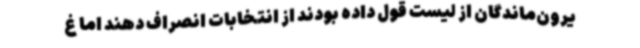
یرون‌ماندگان از لیست قول داده بودند از انتخابات انصراف دهند اما غ